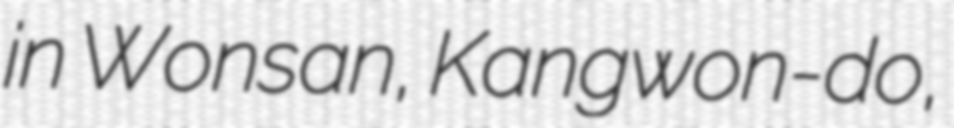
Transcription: in Wonsan, Kangwon-do,